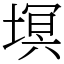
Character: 塓